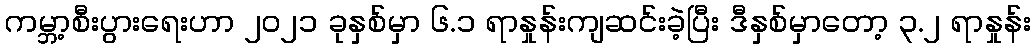
ကမ္ဘာ့စီးပွားရေးဟာ ၂၀၂၁ ခုနှစ်မှာ ၆.၁ ရာနှုန်းကျဆင်းခဲ့ပြီး ဒီနှစ်မှာတော့ ၃.၂ ရာနှုန်း